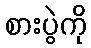
စားပွဲကို